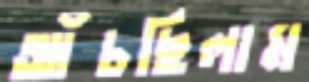
আঁচছিলাম